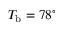
T _ { \mathrm { b } } = 7 8 ^ { \circ }